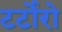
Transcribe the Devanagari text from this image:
टर्टोरो